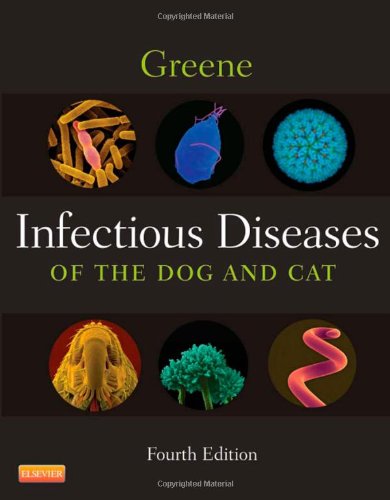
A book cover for Infectious Diseases of the Dog and Cat, 4e; Craig E. Greene DVM  MS  DACVIM; Medical Books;